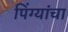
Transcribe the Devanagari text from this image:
पिंग्यांचा